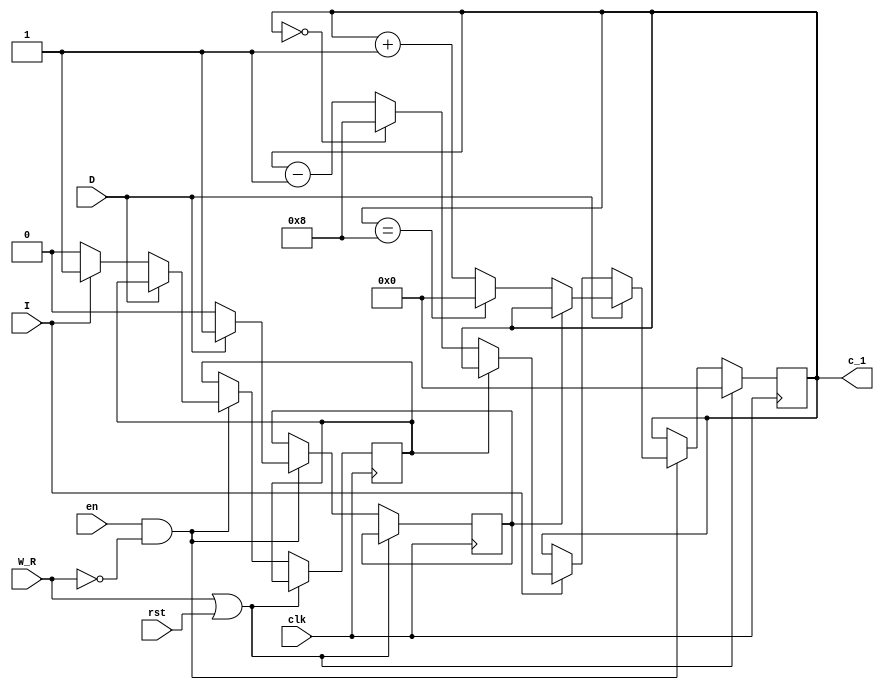
`timescale 1ns / 1ps
//////////////////////////////////////////////////////////////////////////////////
// Company: 
// Engineer: 
// 
// Design Name: 
// Module Name:    Contador_Direccion 
// Project Name: 
// Target Devices: 
// Tool versions: 
// Description: 
//
// Dependencies: 
//
// Revision: 
// Revision 0.01 - File Created
// Additional Comments: 
//
//////////////////////////////////////////////////////////////////////////////////
module Contador_Direccion(
    input I,
	 input rst,
    input D,
    input clk,
    input W_R,
    input en,
    output reg [3:0] c_1
    );
	 
	  reg estado = 1'd0;
	 reg estado2 = 1'd0;
	 wire en_2;
	 
	 assign en_2 = ~W_R; 
	 
    always @(posedge clk)
      if (W_R || rst)
         c_1 <= 4'd0;
      else if (en && en_2)
		        begin
				  if (D)
				  begin
						
						  if (!estado)
						
						  begin
						   estado <= 1'd1;
				         if (c_1 == 4'd8)
						   c_1 <= 4'd0;
						   else 
						   c_1 <= c_1 + 1'd1;
				        end
						
						else  c_1 <= c_1;
						
				  end
				  else 
				  begin
				  estado <= 1'd0;
				  if (I)
		                begin
							 
							 if (!estado2)
							 
							   begin
							   estado2 <= 1'd1;
							   if (!c_1)
							   c_1 <= 4'd8;
							   else
                        c_1 <= c_1 - 1'd1;	
							   end
							 
							 else
							 
							   begin
						      c_1 <= c_1;						 
							   end
							 
							 end
					else estado2 <= 1'd0;
        	end
			end

endmodule